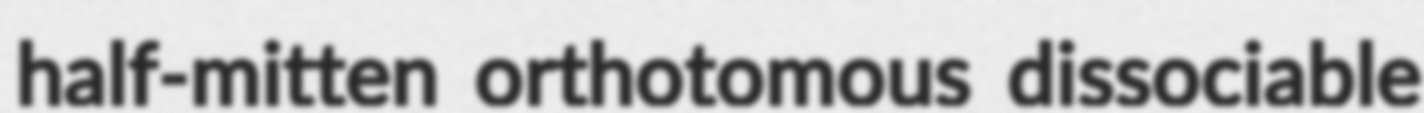
half-mitten orthotomous dissociable